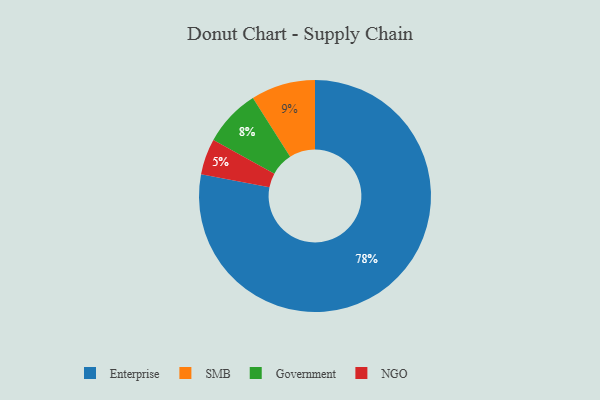
{"axis": {"x": "Category", "y": "Percentage"}, "legend": ["Enterprise", "Government", "NGO", "SMB"], "data": [{"x": "SMB", "y": 9, "type": "SMB"}, {"x": "Government", "y": 8, "type": "Government"}, {"x": "NGO", "y": 5, "type": "NGO"}, {"x": "Enterprise", "y": 78, "type": "Enterprise"}]}